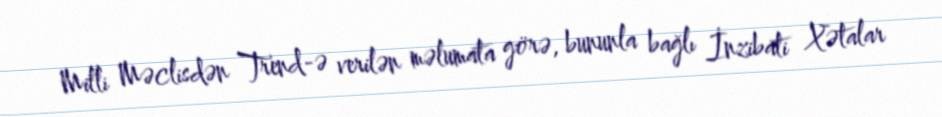
Milli Məclisdən Trend-ə verilən məlumata görə, bununla bağlı İnzibati Xətalar